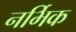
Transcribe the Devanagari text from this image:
नर्भिक